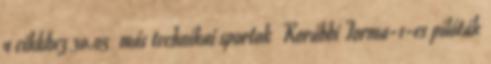
a cikkhez 30.05 más technikai sportok Korábbi Forma-1-es pilóták